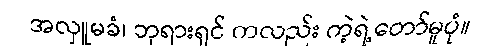
အလှူမခံ၊ ဘုရားရှင် ကလည်း ကဲ့ရဲ့တော်မူပုံ။